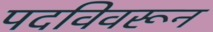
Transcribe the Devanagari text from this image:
पदविवरून